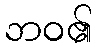
ဘဝ၏